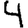
Digit: 4